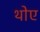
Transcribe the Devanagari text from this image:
थोए